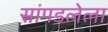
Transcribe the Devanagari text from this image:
सांपडलेला